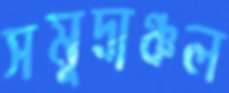
সমুদ্রাঞ্চল